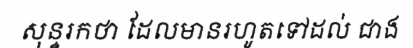
សុន្ទរកថា ដែលមានរហូតទៅដល់ ជាង